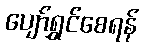
ပျော်ရွှင်စေရန်